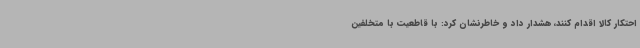
احتکار کالا اقدام کنند، هشدار داد و خاطرنشان کرد: با قاطعیت با متخلفین